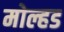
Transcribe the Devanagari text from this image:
मोल्हड